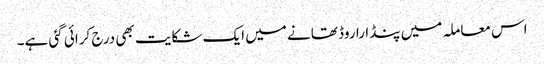
اس معاملہ میں پنڈارا روڈ تھانے میں ایک شکایت بھی درج کرائی گئی ہے۔